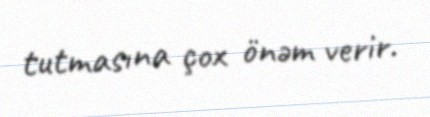
tutmasına çox önəm verir.